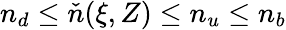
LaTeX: n_{d}\le\check{n}(\xi,Z)\le n_{u}\le n_{b}